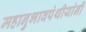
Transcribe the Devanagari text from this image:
महानुभावपंथीयांनी